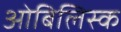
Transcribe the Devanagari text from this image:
ओबिलिस्क